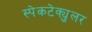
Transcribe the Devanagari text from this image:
स्पेकटेक्युलर